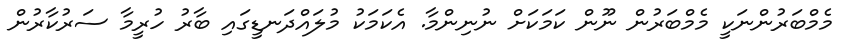
މެމްބަރުންނަކީ މެމްބަރުން ނޫން ކަމަކަށް ނުނިންމާ. އެކަމަކު މުލައްދަނޑީގައި ބާރު ހުރީމާ ސަރުކާރުން